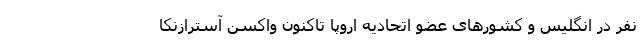
نفر در انگلیس و کشورهای عضو اتحادیه اروپا تاکنون واکسن آسترازنکا